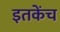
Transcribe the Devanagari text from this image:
इतकेंच